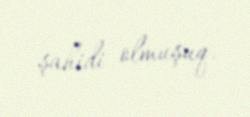
şahidi olmuşuq.